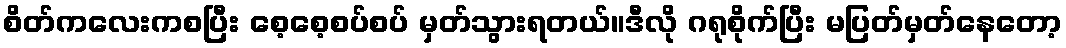
စိတ်ကလေးကစပြီး စေ့စေ့စပ်စပ် မှတ်သွားရတယ်။ဒီလို ဂရုစိုက်ပြီး မပြတ်မှတ်နေတော့